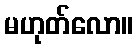
မဟုတ်လော။